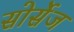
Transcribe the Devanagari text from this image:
सोर्सेज